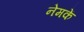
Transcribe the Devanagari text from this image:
नेमकें